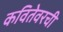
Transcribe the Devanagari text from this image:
कवितेवरची